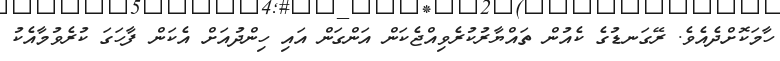
ހާމަކޮށްދެއެވެ. ރޭގަނޑުގެ ކެއުން ތައްޔާރުކުރެވިއްޖެކަން އަންގަން އައި ހިންދުއަށް އެކަން ފާހަގަ ކުރެވުމާއެކު